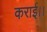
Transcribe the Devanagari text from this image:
कराई।।